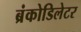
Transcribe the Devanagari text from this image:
ब्रंकोडिलेटर